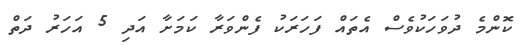
ކޮންމެ ދުވަހަކުވެސް އެތައް ފަހަރަކު ފެންވަރާ ކަމަށާ އަދި 5 އަހަރު ދަތް